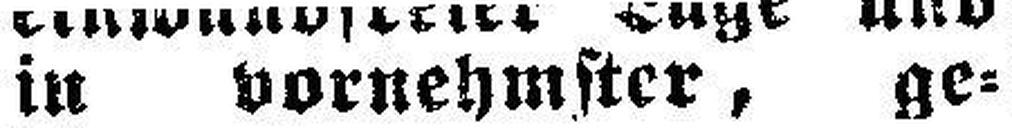
in vornehmster, ge¬